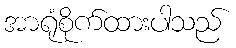
အာရုံစိုက်ထားပါသည်